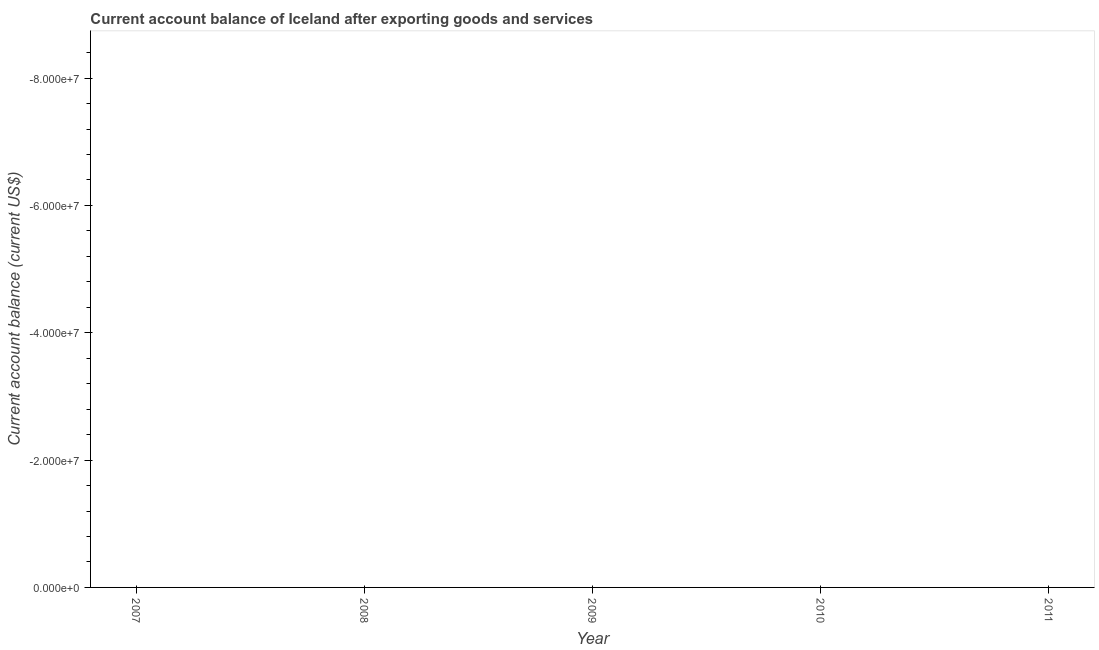
| Year | Current account balance |
 | --- | --- |
 | 2007 | -3.43e+09 |
 | 2008 | -4.17e+09 |
 | 2009 | -6.99e+08 |
 | 2010 | -2.82e+08 |
 | 2011 | -6.18e+08 |